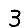
Digit: 3